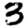
Digit: 3